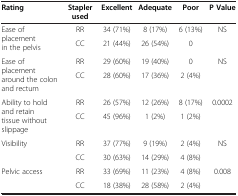
<table><thead><tr><td><b>Rating</b></td><td><b>Stapler used</b></td><td><b>Excellent</b></td><td><b>Adequate</b></td><td><b>Poor</b></td><td><b>P Value</b></td></tr></thead><tbody><tr><td rowspan="2">Ease of placement in the pelvis</td><td>RR</td><td>34 (71%)</td><td>8 (17%)</td><td>6 (13%)</td><td rowspan="2">NS</td></tr><tr><td>CC</td><td>21 (44%)</td><td>26 (54%)</td><td>0</td></tr><tr><td rowspan="2">Ease of placement around the colon and rectum</td><td>RR</td><td>29 (60%)</td><td>19 (40%)</td><td>0</td><td rowspan="2">NS</td></tr><tr><td>CC</td><td>28 (60%)</td><td>17 (36%)</td><td>2 (4%)</td></tr><tr><td rowspan="2">Ability to hold and retain tissue without slippage</td><td>RR</td><td>26 (57%)</td><td>12 (26%)</td><td>8 (17%)</td><td rowspan="2">0.0002</td></tr><tr><td>CC</td><td>45 (96%)</td><td>1 (2%)</td><td>1 (2%)</td></tr><tr><td rowspan="2">Visibility</td><td>RR</td><td>37 (77%)</td><td>9 (19%)</td><td>2 (4%)</td><td rowspan="2">NS</td></tr><tr><td>CC</td><td>30 (63%)</td><td>14 (29%)</td><td>4 (8%)</td></tr><tr><td>Pelvic access</td><td>RR</td><td>33 (69%)</td><td>11 (23%)</td><td>4 (8%)</td><td>0.008</td></tr><tr><td>[EMPTY_CELL]</td><td>CC</td><td>18 (38%)</td><td>28 (58%)</td><td>2 (4%)</td><td>[EMPTY_CELL]</td></tr></tbody></table>